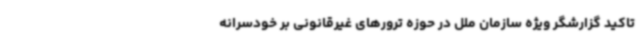
تاکید گزارشگر ویژه سازمان ملل در حوزه ترورهای غیرقانونی بر خودسرانه